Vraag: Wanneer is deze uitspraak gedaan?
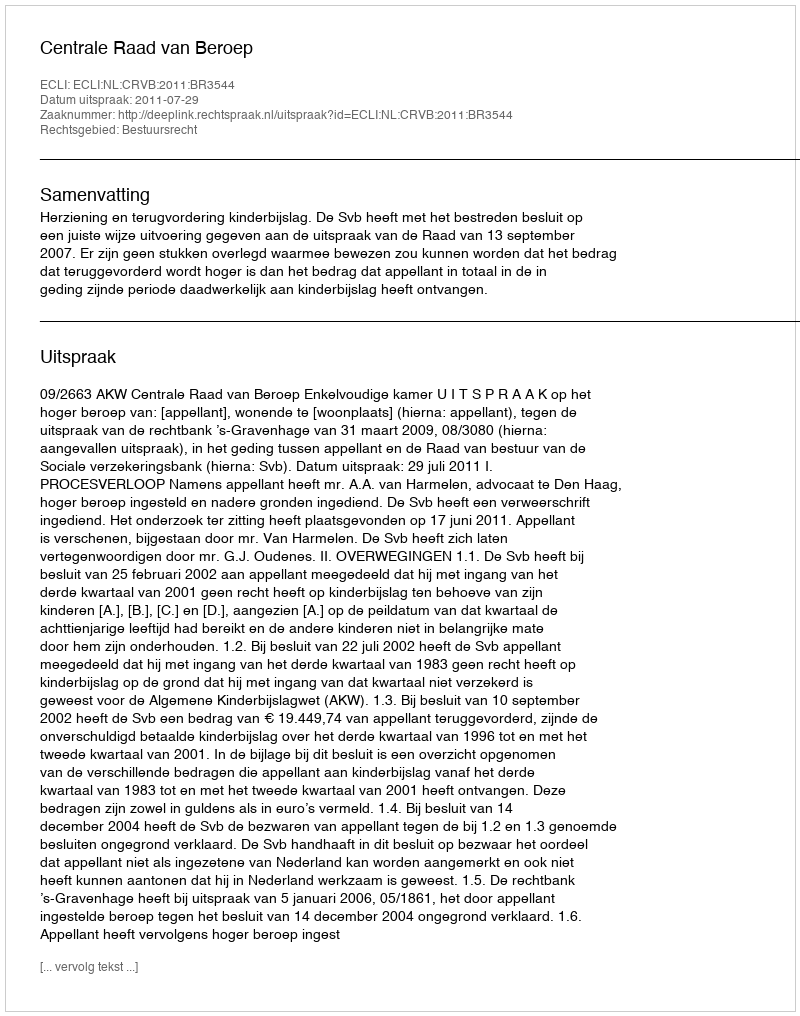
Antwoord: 2011-07-29